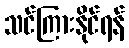
သင်ကြားနိုင်ရန်